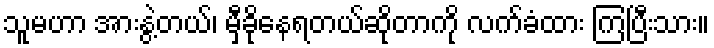
သူမဟာ အားနွဲ့တယ်၊ မှီခိုနေရတယ်ဆိုတာကို လက်ခံထား ကြပြီးသား။